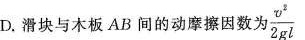
D.滑块与木板AB间的动摩擦因数为 \frac{v^{2}}{2gl}